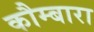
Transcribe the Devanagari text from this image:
कौम्बारा